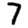
Digit: 7